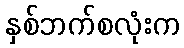
နှစ်ဘက်စလုံးက